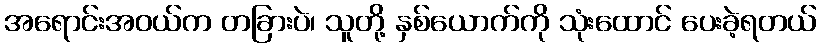
အရောင်းအဝယ်က တခြားပဲ၊ သူတို့ နှစ်ယောက်ကို သုံးထောင် ပေးခဲ့ရတယ်